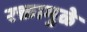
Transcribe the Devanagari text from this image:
रक्तामुळे